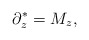
\begin{align*} \partial_z^*=M_z,\end{align*}